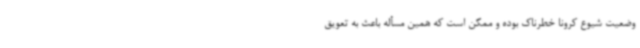
وضعیت شیوع کرونا خطرناک بوده و ممکن است که همین مسأله باعث به تعویق